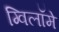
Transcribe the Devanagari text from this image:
ग्विलॉमे